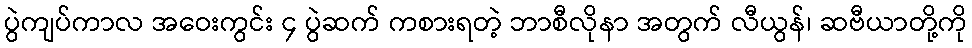
ပွဲကျပ်ကာလ အဝေးကွင်း ၄ ပွဲဆက် ကစားရတဲ့ ဘာစီလိုနာ အတွက် လီယွန်၊ ဆဗီယာတို့ကို